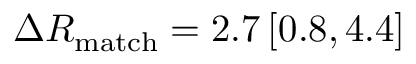
\Delta R _ { \mathrm { m a t c h } } = 2 . 7 \, [ 0 . 8 , 4 . 4 ]